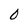
Character: 0